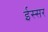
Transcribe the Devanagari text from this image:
ईस्सर